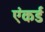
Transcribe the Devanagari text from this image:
एंकर्ड